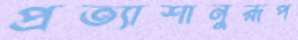
প্রত্যাশানুরূপ